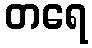
တရေ